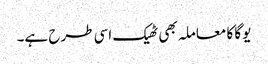
یوگا کا معاملہ بھی ٹھیک اسی طرح ہے۔